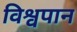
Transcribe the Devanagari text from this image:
विश्वपान